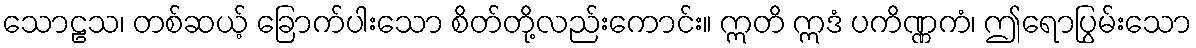
သောဠသ၊ တစ်ဆယ့် ခြောက်ပါးသော စိတ်တို့လည်းကောင်း။ ဣတိ ဣဒံ ပကိဏ္ဏကံ၊ ဤရောပြွမ်းသော